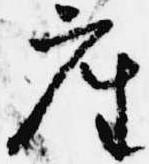
座